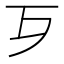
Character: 𣦶